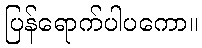
ပြန်ရောက်ပါပကော။